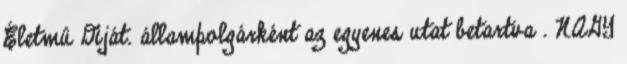
Életmû Díját. állampolgárként az egyenes utat betartva . NAGY